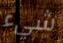
شيء